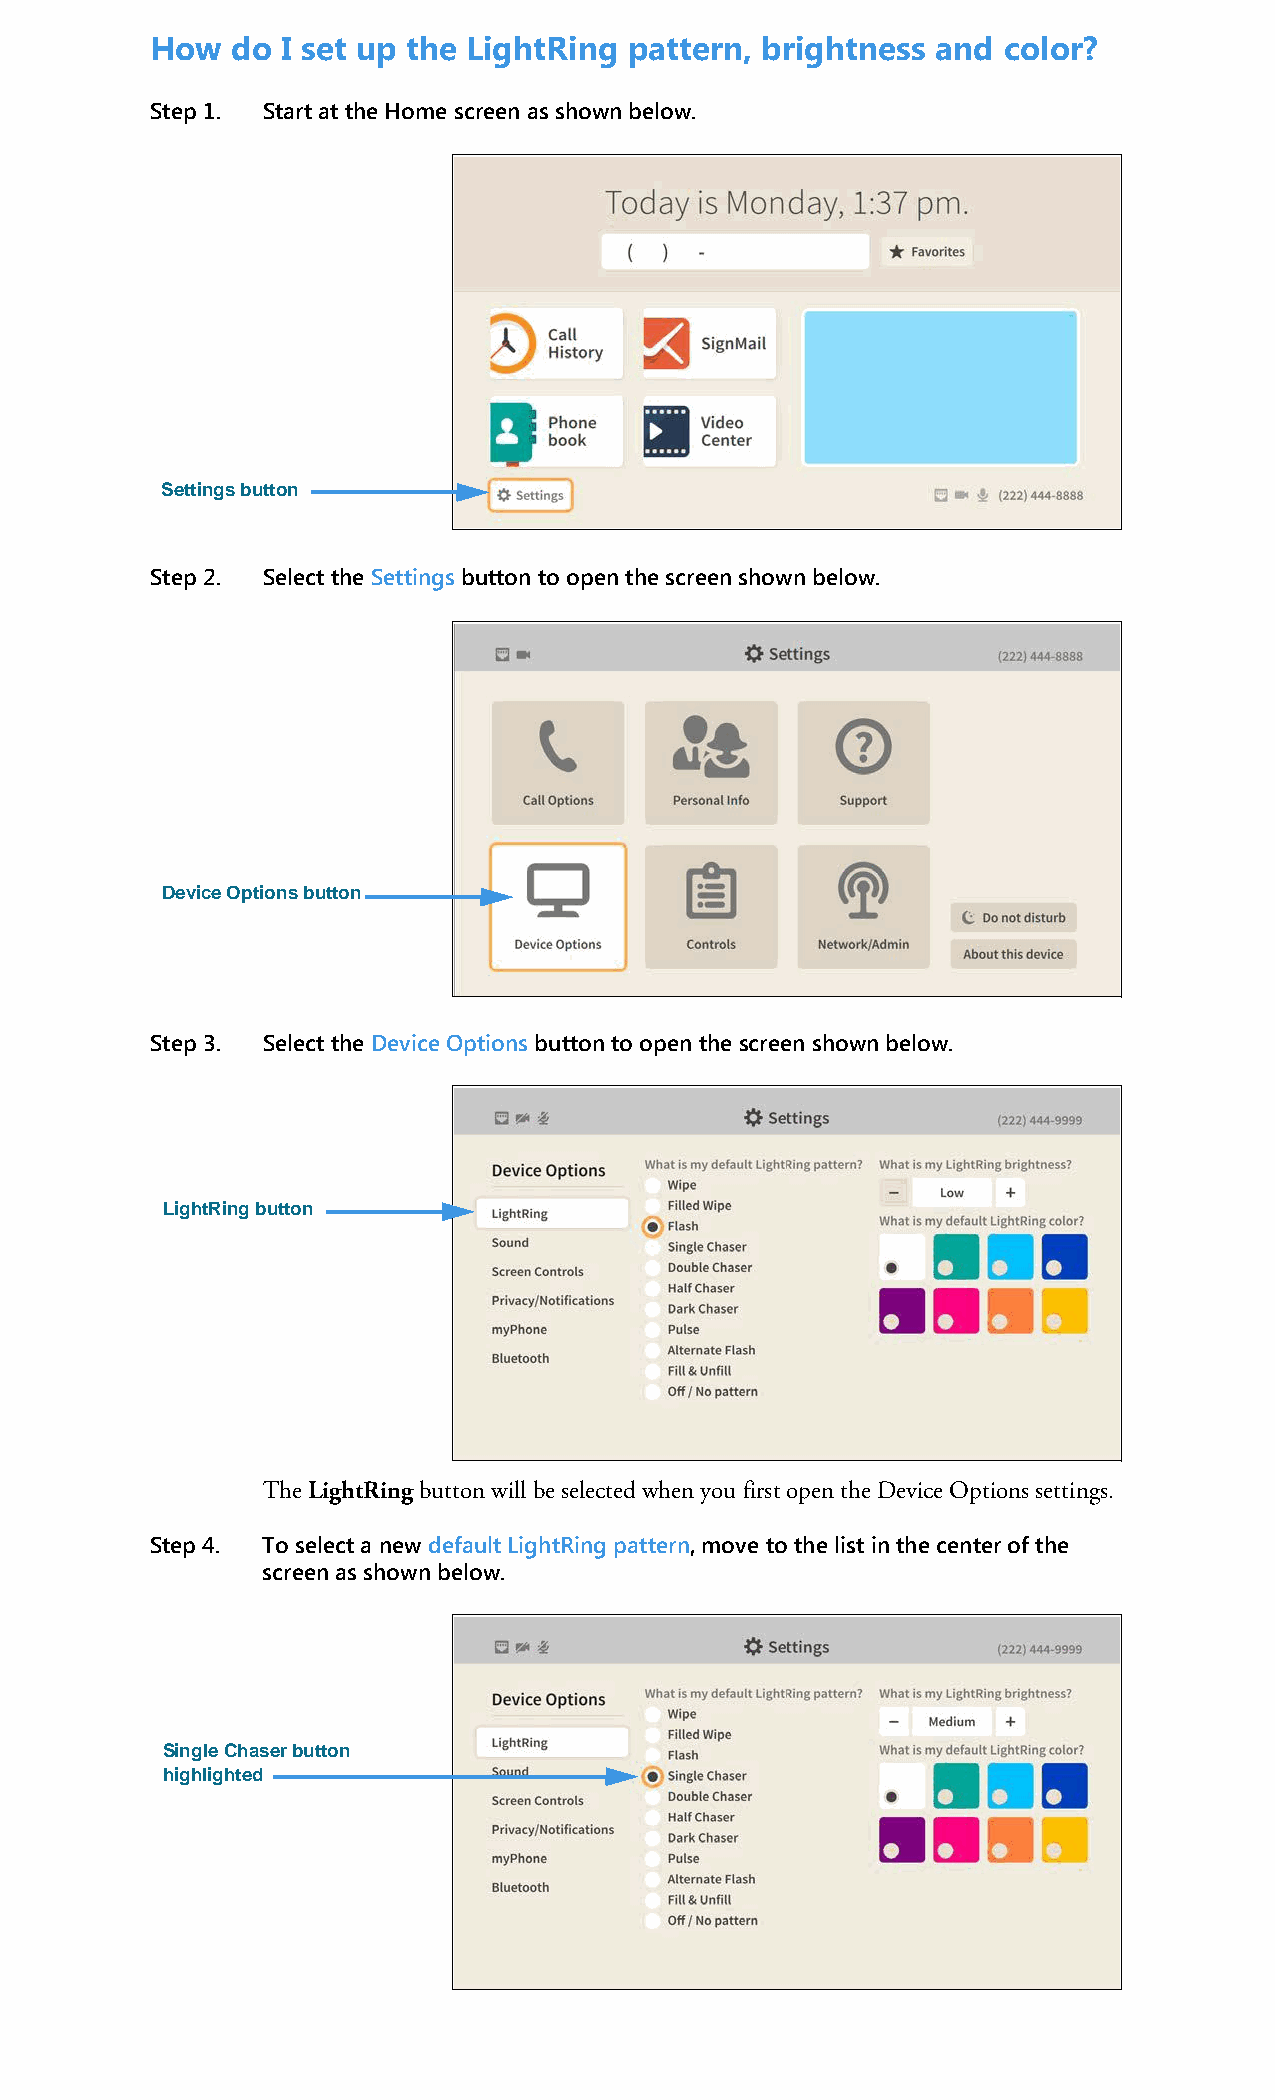
How  do  I set up the LightRing pattern, brightness and color?
 Step 1. Start at the Home screen as shown below.
 Settings button
 Step 2. Select the Settings button to open the screen shown below.
 Device Options button
 Step 3. Select the Device Options button to open the screen shown below.
 LightRing button
 The LightRing button will be selected when you first open the Device Options settings.
 Step 4. To select a new default LightRing pattern, move to the list in the center of the
 screen as shown below.
 Single Chaser button
 highlighted